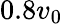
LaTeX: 0.8v_{0}